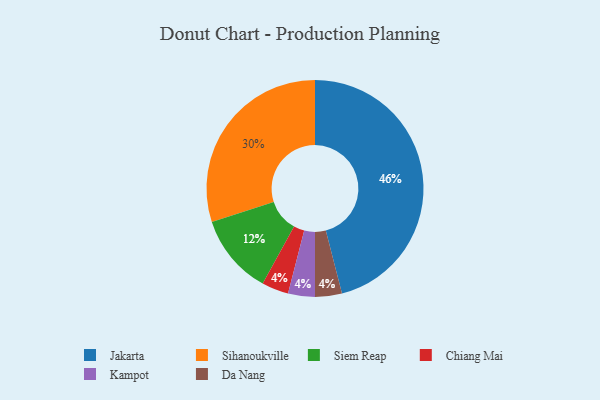
{"axis": {"x": "Category", "y": "Percentage"}, "legend": ["Chiang Mai", "Da Nang", "Jakarta", "Kampot", "Siem Reap", "Sihanoukville"], "data": [{"x": "Jakarta", "y": 46, "type": "Jakarta"}, {"x": "Siem Reap", "y": 12, "type": "Siem Reap"}, {"x": "Chiang Mai", "y": 4, "type": "Chiang Mai"}, {"x": "Kampot", "y": 4, "type": "Kampot"}, {"x": "Sihanoukville", "y": 30, "type": "Sihanoukville"}, {"x": "Da Nang", "y": 4, "type": "Da Nang"}]}